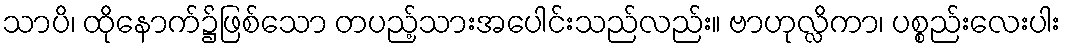
သာပိ၊ ထိုနောက်၌ဖြစ်သော တပည့်သားအပေါင်းသည်လည်း။ ဗာဟုလ္လိကာ၊ ပစ္စည်းလေးပါး